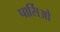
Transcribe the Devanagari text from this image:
पार्सिओ